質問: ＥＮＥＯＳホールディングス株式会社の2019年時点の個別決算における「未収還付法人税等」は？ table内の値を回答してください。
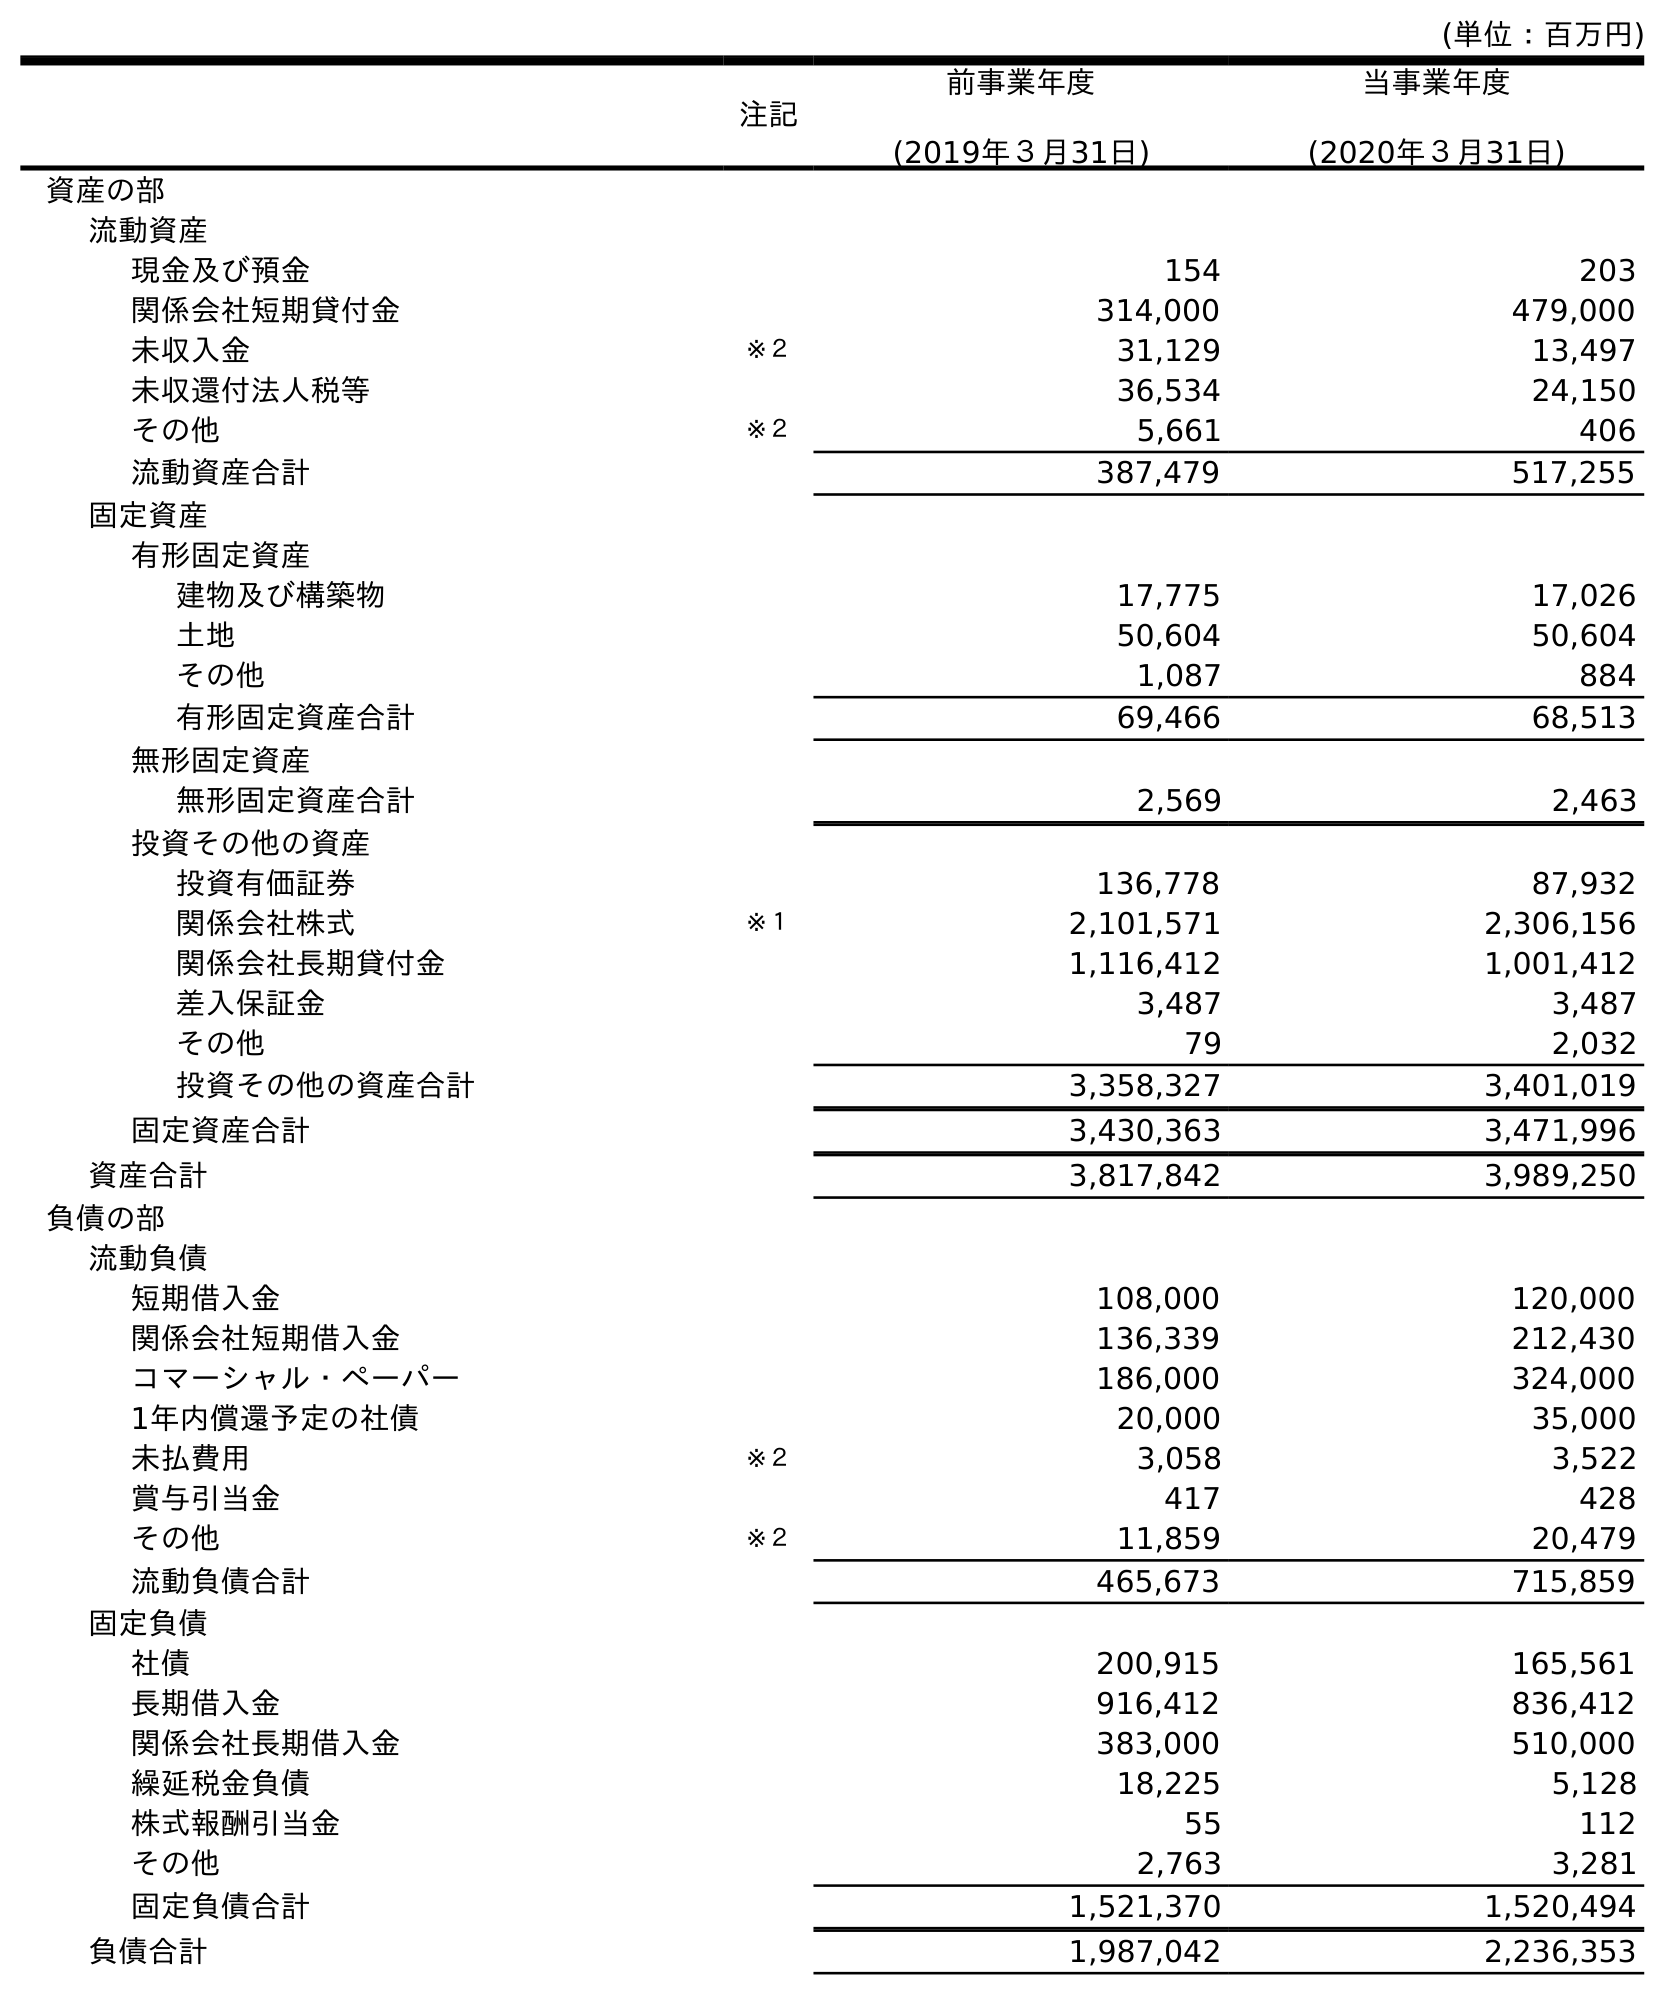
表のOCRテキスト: (単位：百万円) 注記 前事業年度 (2019年３月31日) 当事業年度 (2020年３月31日) 資産の部 流動資産 現金及び預金 154 203 関係会社短期貸付金 314,000 479,000 未収入金 ※２ 31,129 13,497 未収還付法人税等 36,534 24,150 その他 ※２ 5,661 406 流動資産合計 387,479 517,255 固定資産 有形固定資産 建物及び構築物 17,775 17,026 土地 50,604 50,604 その他 1,087 884 有形固定資産合計 69,466 68,513 無形固定資産 無形固定資産合計 2,569 2,463 投資その他の資産 投資有価証券 136,778 87,932 関係会社株式 ※１ 2,101,571 2,306,156 関係会社長期貸付金 1,116,412 1,001,412 差入保証金 3,487 3,487 その他 79 2,032 投資その他の資産合計 3,358,327 3,401,019 固定資産合計 3,430,363 3,471,996 資産合計 3,817,842 3,989,250 負債の部 流動負債 短期借入金 108,000 120,000 関係会社短期借入金 136,339 212,430 コマーシャル・ペーパー 186,000 324,000 1年内償還予定の社債 20,000 35,000 未払費用 ※２ 3,058 3,522 賞与引当金 417 428 その他 ※２ 11,859 20,479 流動負債合計 465,673 715,859 固定負債 社債 200,915 165,561 長期借入金 916,412 836,412 関係会社長期借入金 383,000 510,000 繰延税金負債 18,225 5,128 株式報酬引当金 55 112 その他 2,763 3,281 固定負債合計 1,521,370 1,520,494 負債合計 1,987,042 2,236,353
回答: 36,534